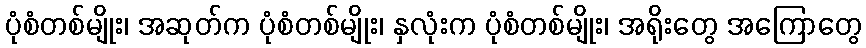
ပုံစံတစ်မျိုး၊ အဆုတ်က ပုံစံတစ်မျိုး၊ နှလုံးက ပုံစံတစ်မျိုး၊ အရိုးတွေ အကြောတွေ